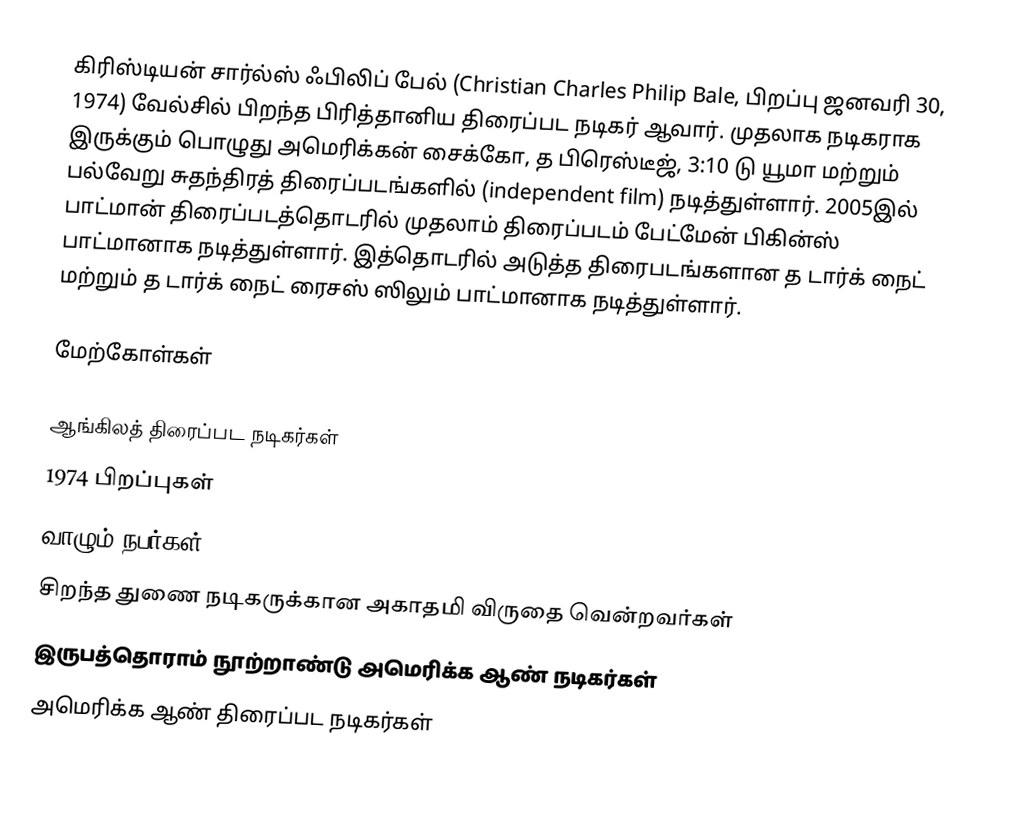
கிரிஸ்டியன் சார்ல்ஸ் ஃபிலிப் பேல் (Christian Charles Philip Bale, பிறப்பு ஜனவரி 30, 1974) வேல்சில் பிறந்த பிரித்தானிய திரைப்பட நடிகர் ஆவார். முதலாக நடிகராக இருக்கும் பொழுது அமெரிக்கன் சைக்கோ, த பிரெஸ்டீஜ், 3:10 டு யூமா மற்றும் பல்வேறு சுதந்திரத் திரைப்படங்களில் (independent film) நடித்துள்ளார். 2005இல் பாட்மான் திரைப்படத்தொடரில் முதலாம் திரைப்படம் பேட்மேன் பிகின்ஸ் பாட்மானாக நடித்துள்ளார். இத்தொடரில் அடுத்த திரைபடங்களான த டார்க் நைட் மற்றும் த டார்க் நைட் ரைசஸ் ஸிலும் பாட்மானாக நடித்துள்ளார்.

மேற்கோள்கள்

ஆங்கிலத் திரைப்பட நடிகர்கள்
1974 பிறப்புகள்
வாழும் நபர்கள்
சிறந்த துணை நடிகருக்கான அகாதமி விருதை வென்றவர்கள்
இருபத்தொராம் நூற்றாண்டு அமெரிக்க ஆண் நடிகர்கள்
அமெரிக்க ஆண் திரைப்பட நடிகர்கள்